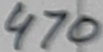
Text: 470